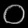
Digit: ၀